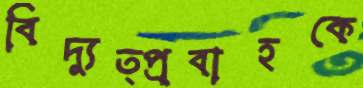
বিদ্যুত্প্রবাহকে